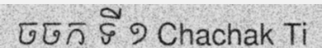
ចចក ទី ១ Chachak Ti